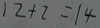
1 2 + 2 = 1 4